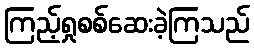
ကြည့်ရှုစစ်ဆေးခဲ့ကြသည်